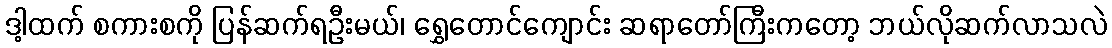
ဒါ့ထက် စကားစကို ပြန်ဆက်ရဦးမယ်၊ ရွှေတောင်ကျောင်း ဆရာတော်ကြီးကတော့ ဘယ်လိုဆက်လာသလဲ